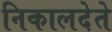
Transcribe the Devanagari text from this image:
निकालदेते